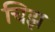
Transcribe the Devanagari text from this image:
चिझ